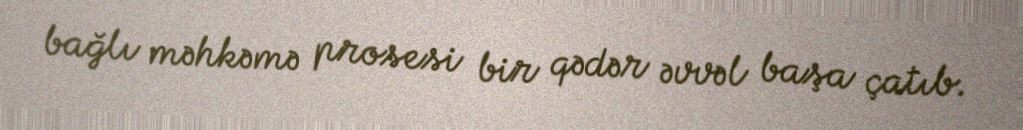
bağlı məhkəmə prosesi bir qədər əvvəl başa çatıb.